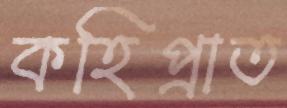
কহিপ্রাত